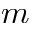
m